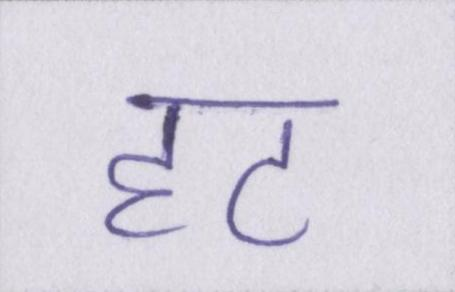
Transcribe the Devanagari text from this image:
हट